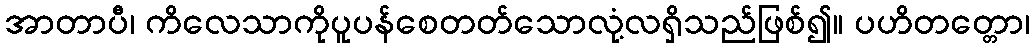
အာတာပီ၊ ကိလေသာကိုပူပန်စေတတ်သောလုံ့လရှိသည်ဖြစ်၍။ ပဟိတတ္တော၊